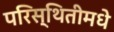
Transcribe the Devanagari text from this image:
परिस्थितीमधे